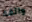
واثقة